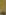
.